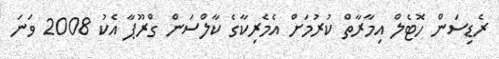
ރެޑިސަން ހޮޓެލް އިމާރާތް ކުރުމަށް އެމެރިކާގެ ކާލްސަން ގްރޫޕާ އެކު 2008 ވަނަ